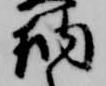
納